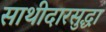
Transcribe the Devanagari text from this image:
साथीदारसुद्धा